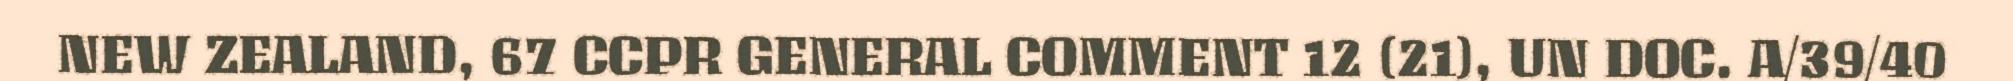
NEW ZEALAND, 67 CCPR GENERAL COMMENT 12 (21), UN DOC. A/39/40